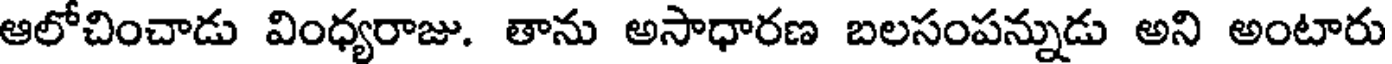
ఆలోచించాడు వింధ్యరాజు. తాను అసాధారణ బలసంపన్నుడు అని అంటారు